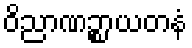
ဝိညာဏဉ္စာယတနံ